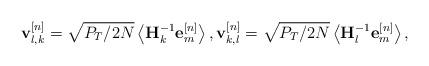
LaTeX: \begin{align*}\mathbf{v}_{l,k}^{\left[n\right]}=\sqrt{P_{T}/2N}\left\langle \mathbf{H}_{k}^{-1}\mathbf{e}_{m}^{\left[n\right]}\right\rangle ,\mathbf{v}_{k,l}^{[n]}=\sqrt{P_{T}/2N}\left\langle \mathbf{H}_{l}^{-1}\mathbf{e}_{m}^{\left[n\right]}\right\rangle ,\end{align*}